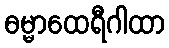
ဓမ္မာထေရီဂါထာ